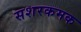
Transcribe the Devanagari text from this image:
सशरकमक